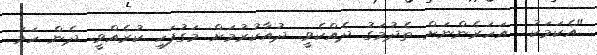
"އެކަމަކު  އަހަރެންނަށް ތެދުމަގު ދެއްކެވީ. ދުއާކުރުމަށް މަގުފަހި ކުރެއްވީ. ދެން ހަމަ